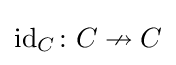
\operatorname {id} _{C}\colon C\nrightarrow C